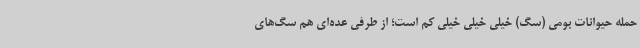
حمله حیوانات بومی (سگ) خیلی خیلی خیلی کم است؛ از طرفی عده‌ای هم سگ‌های